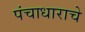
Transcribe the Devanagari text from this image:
पंचाधाराचे